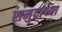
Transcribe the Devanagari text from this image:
समुद्रांच्या